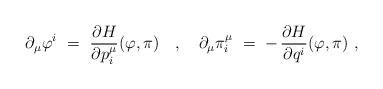
\begin{align*} \partial_\mu \varphi^i~ =~\frac{\partial H}{\partial p_i^\mu}(\varphi,\pi)~~~,~~~ \partial_\mu \pi_i^\mu~ = \; - \, \frac{\partial H}{\partial q^i}(\varphi,\pi)~,\end{align*}